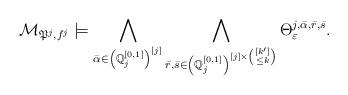
LaTeX: \begin{gather*}\mathcal{M}_{\mathfrak{P}^j, f^j} \models \bigwedge_{\bar{\alpha} \in \left( \mathbb{Q}^{[0,1]}_j\right)^{[j]} } \bigwedge_{\bar{r}, \bar{s} \in \left( \mathbb{Q}^{[0,1]}_j\right)^{[j] \times \binom{[k']}{\leq k} }} \Theta^{j, \bar{\alpha}, \bar{r}, \bar{s}}_{\varepsilon}.\end{gather*}